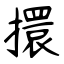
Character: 擐